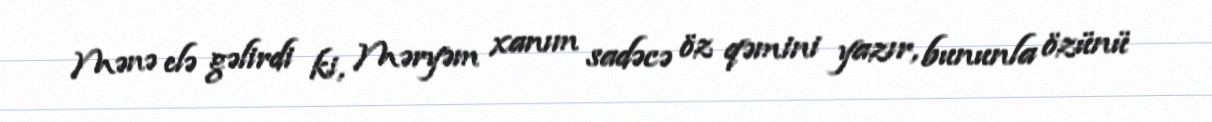
Mənə elə gəlirdi ki, Məryəm xanım sadəcə öz qəmini yazır, bununla özünü